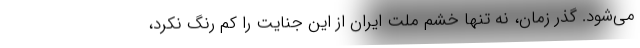
می‌شود. گذر زمان، نه تنها خشم ملت ایران از این جنایت را کم رنگ نکرد،